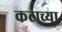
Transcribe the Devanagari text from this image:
कटाच्या